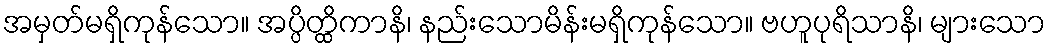
အမှတ်မရှိကုန်သော။ အပ္ပိတ္ထိကာနိ၊ နည်းသောမိန်းမရှိကုန်သော။ ဗဟူပုရိသာနိ၊ များသော